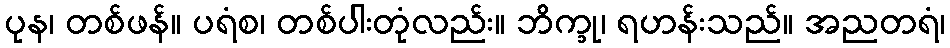
ပုန၊ တစ်ဖန်။ ပရံစ၊ တစ်ပါးတုံလည်း။ ဘိက္ခု၊ ရဟန်းသည်။ အညတရံ၊